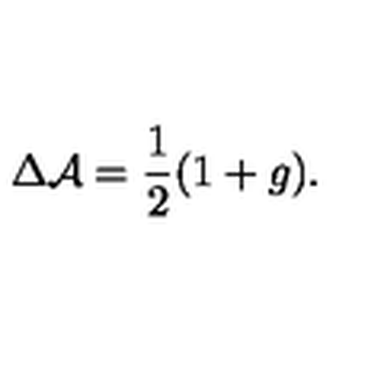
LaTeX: \Delta { \cal A } = \frac { 1 } { 2 } ( 1 + g ) .